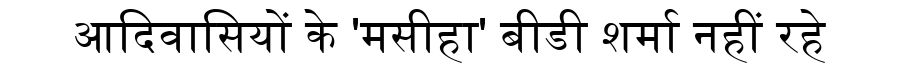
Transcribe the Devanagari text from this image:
आदिवासियों के 'मसीहा' बीडी शर्मा नहीं रहे